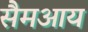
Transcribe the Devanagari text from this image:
सैमआय